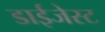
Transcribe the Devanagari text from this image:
डाईजेस्ट